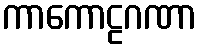
ကာကောဠဂဏာ